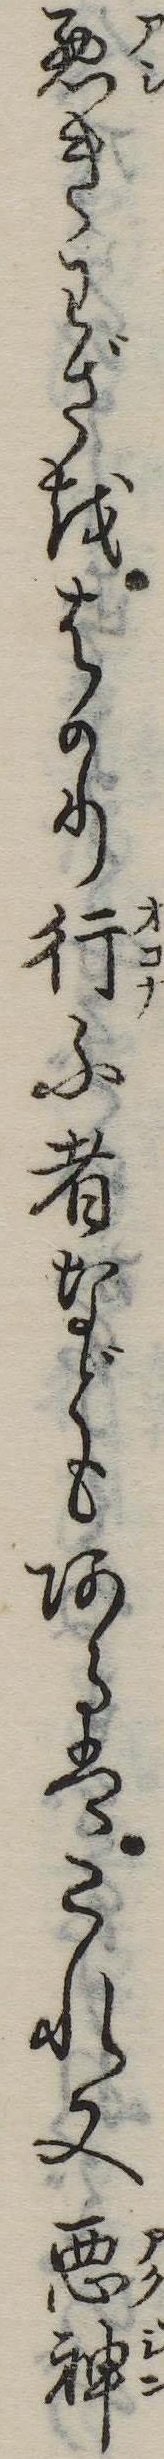
悪きわざをはかり行ふ者などもあるはこれ又悪神